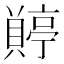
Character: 𧷭